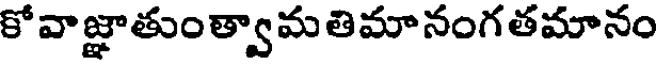
కోవాజ్ఞాతుంత్వామతిమానంగతమానం